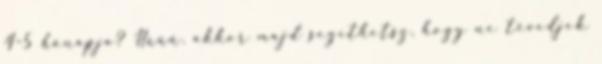
4-5 hónapja? Hűűű. akkor majd segíthetsz, hogy ne tévedjek